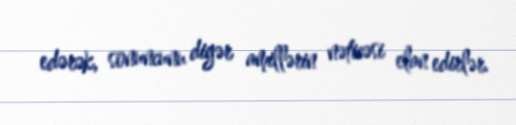
edərək, sonuncunu digər amillərin nəticəsi elan edirlər.